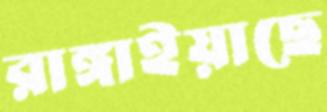
রাঙ্গাইয়াছে